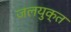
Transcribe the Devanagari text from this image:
जलयुक्‍त